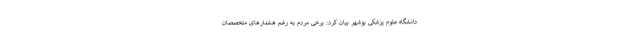
دانشگاه علوم پزشکی بوشهر بیان کرد: برخی مردم به رغم هشدارهای متخصصان